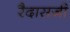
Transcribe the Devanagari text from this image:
रैदासजी